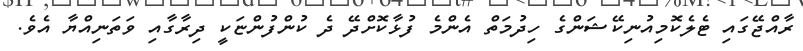
ރާއްޖޭގައި ޓެލެކޮމިއުނިކޭޝަންގެ ހިދުމަތް އެންމެ ފުޅާކޮށްދޭ ދެ ކުންފުންޏަކީ ދިރާގާއި ވަތަނިއްޔާ އެވެ.